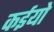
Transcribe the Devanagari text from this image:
कईयो